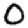
Digit: 0